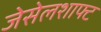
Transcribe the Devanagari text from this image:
जेसेलशाफ्ट